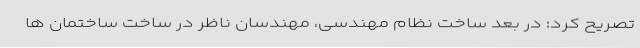
تصریح کرد: در بعد ساخت نظام مهندسی، مهندسان ناظر در ساخت ساختمان ها